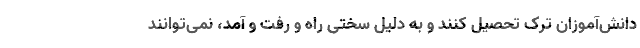
دانش‌آموزان ترک تحصیل کنند و به دلیل سختی راه و رفت و آمد، نمی‌توانند